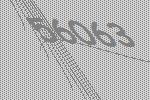
56063